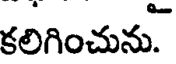
కలిగించును.